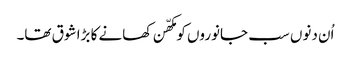
اُن دنوں سب جانوروں کو مکھّن کھانے کا بڑا شوق تھا۔